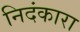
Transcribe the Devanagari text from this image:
निदंकारा